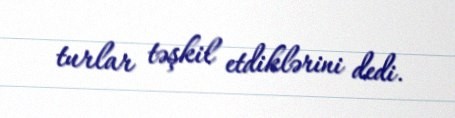
turlar təşkil etdiklərini dedi.